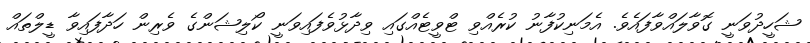
ޝަހީދުވަނީ ގޮވާލައްވާފައެވެ. އެމަނިކުފާނު ކުރެއްވި ޓްވީޓެއްގައި ވިދާޅުވެފައިވަނީ ކޯލިޝަންގެ ވެރިން ހަދާފައިވާ ޑީލްތައް